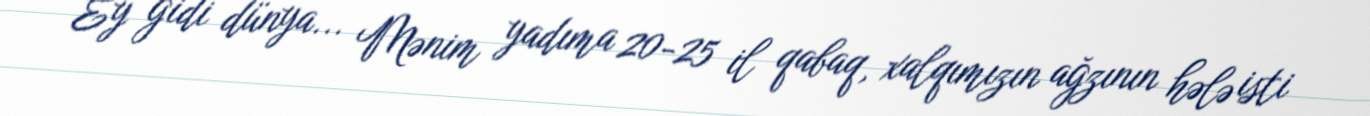
Ey gidi dünya... Mənim yadıma 20-25 il qabaq, xalqımızın ağzının hələ isti